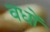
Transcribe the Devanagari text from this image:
वधों